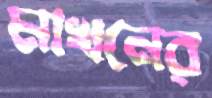
মাখনের